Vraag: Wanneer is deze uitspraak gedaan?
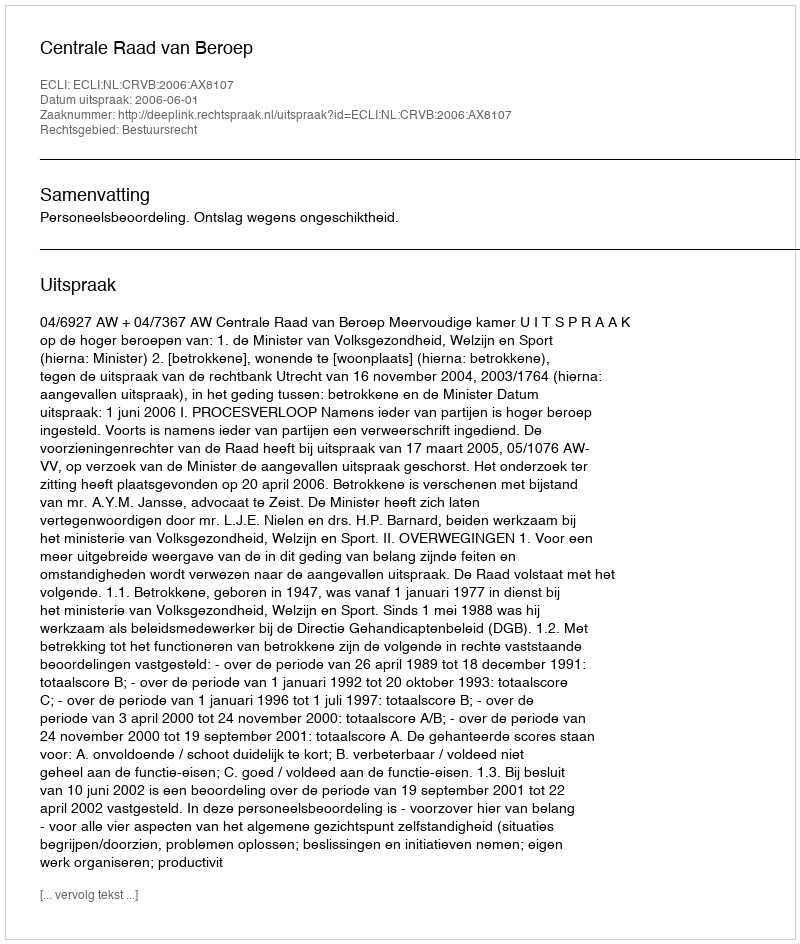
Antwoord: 2006-06-01